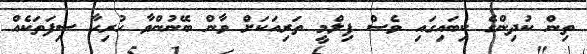
ތިން ކުދިންގެ ކިބައިގައި ވެސް ފިލްމީ ތަރިއަކަށް ވާން ބޭނުންވާ ހުރިހާ ސިފަތަކެއް